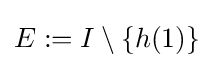
E:=I\setminus \{h(1)\}